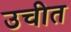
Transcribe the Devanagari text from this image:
उचीत